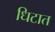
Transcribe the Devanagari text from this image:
धिटात